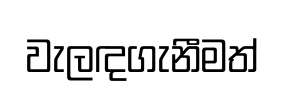
වැලඳගැනීමත්